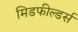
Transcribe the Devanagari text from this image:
मिडफील्‍डर्स